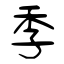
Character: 季